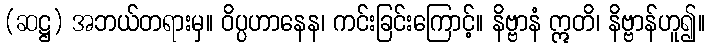
(ဆဋ္ဌ) အဘယ်တရားမှ။ ဝိပ္ပဟာနေန၊ ကင်းခြင်းကြောင့်။ နိဗ္ဗာနံ ဣတိ၊ နိဗ္ဗာန်ဟူ၍။